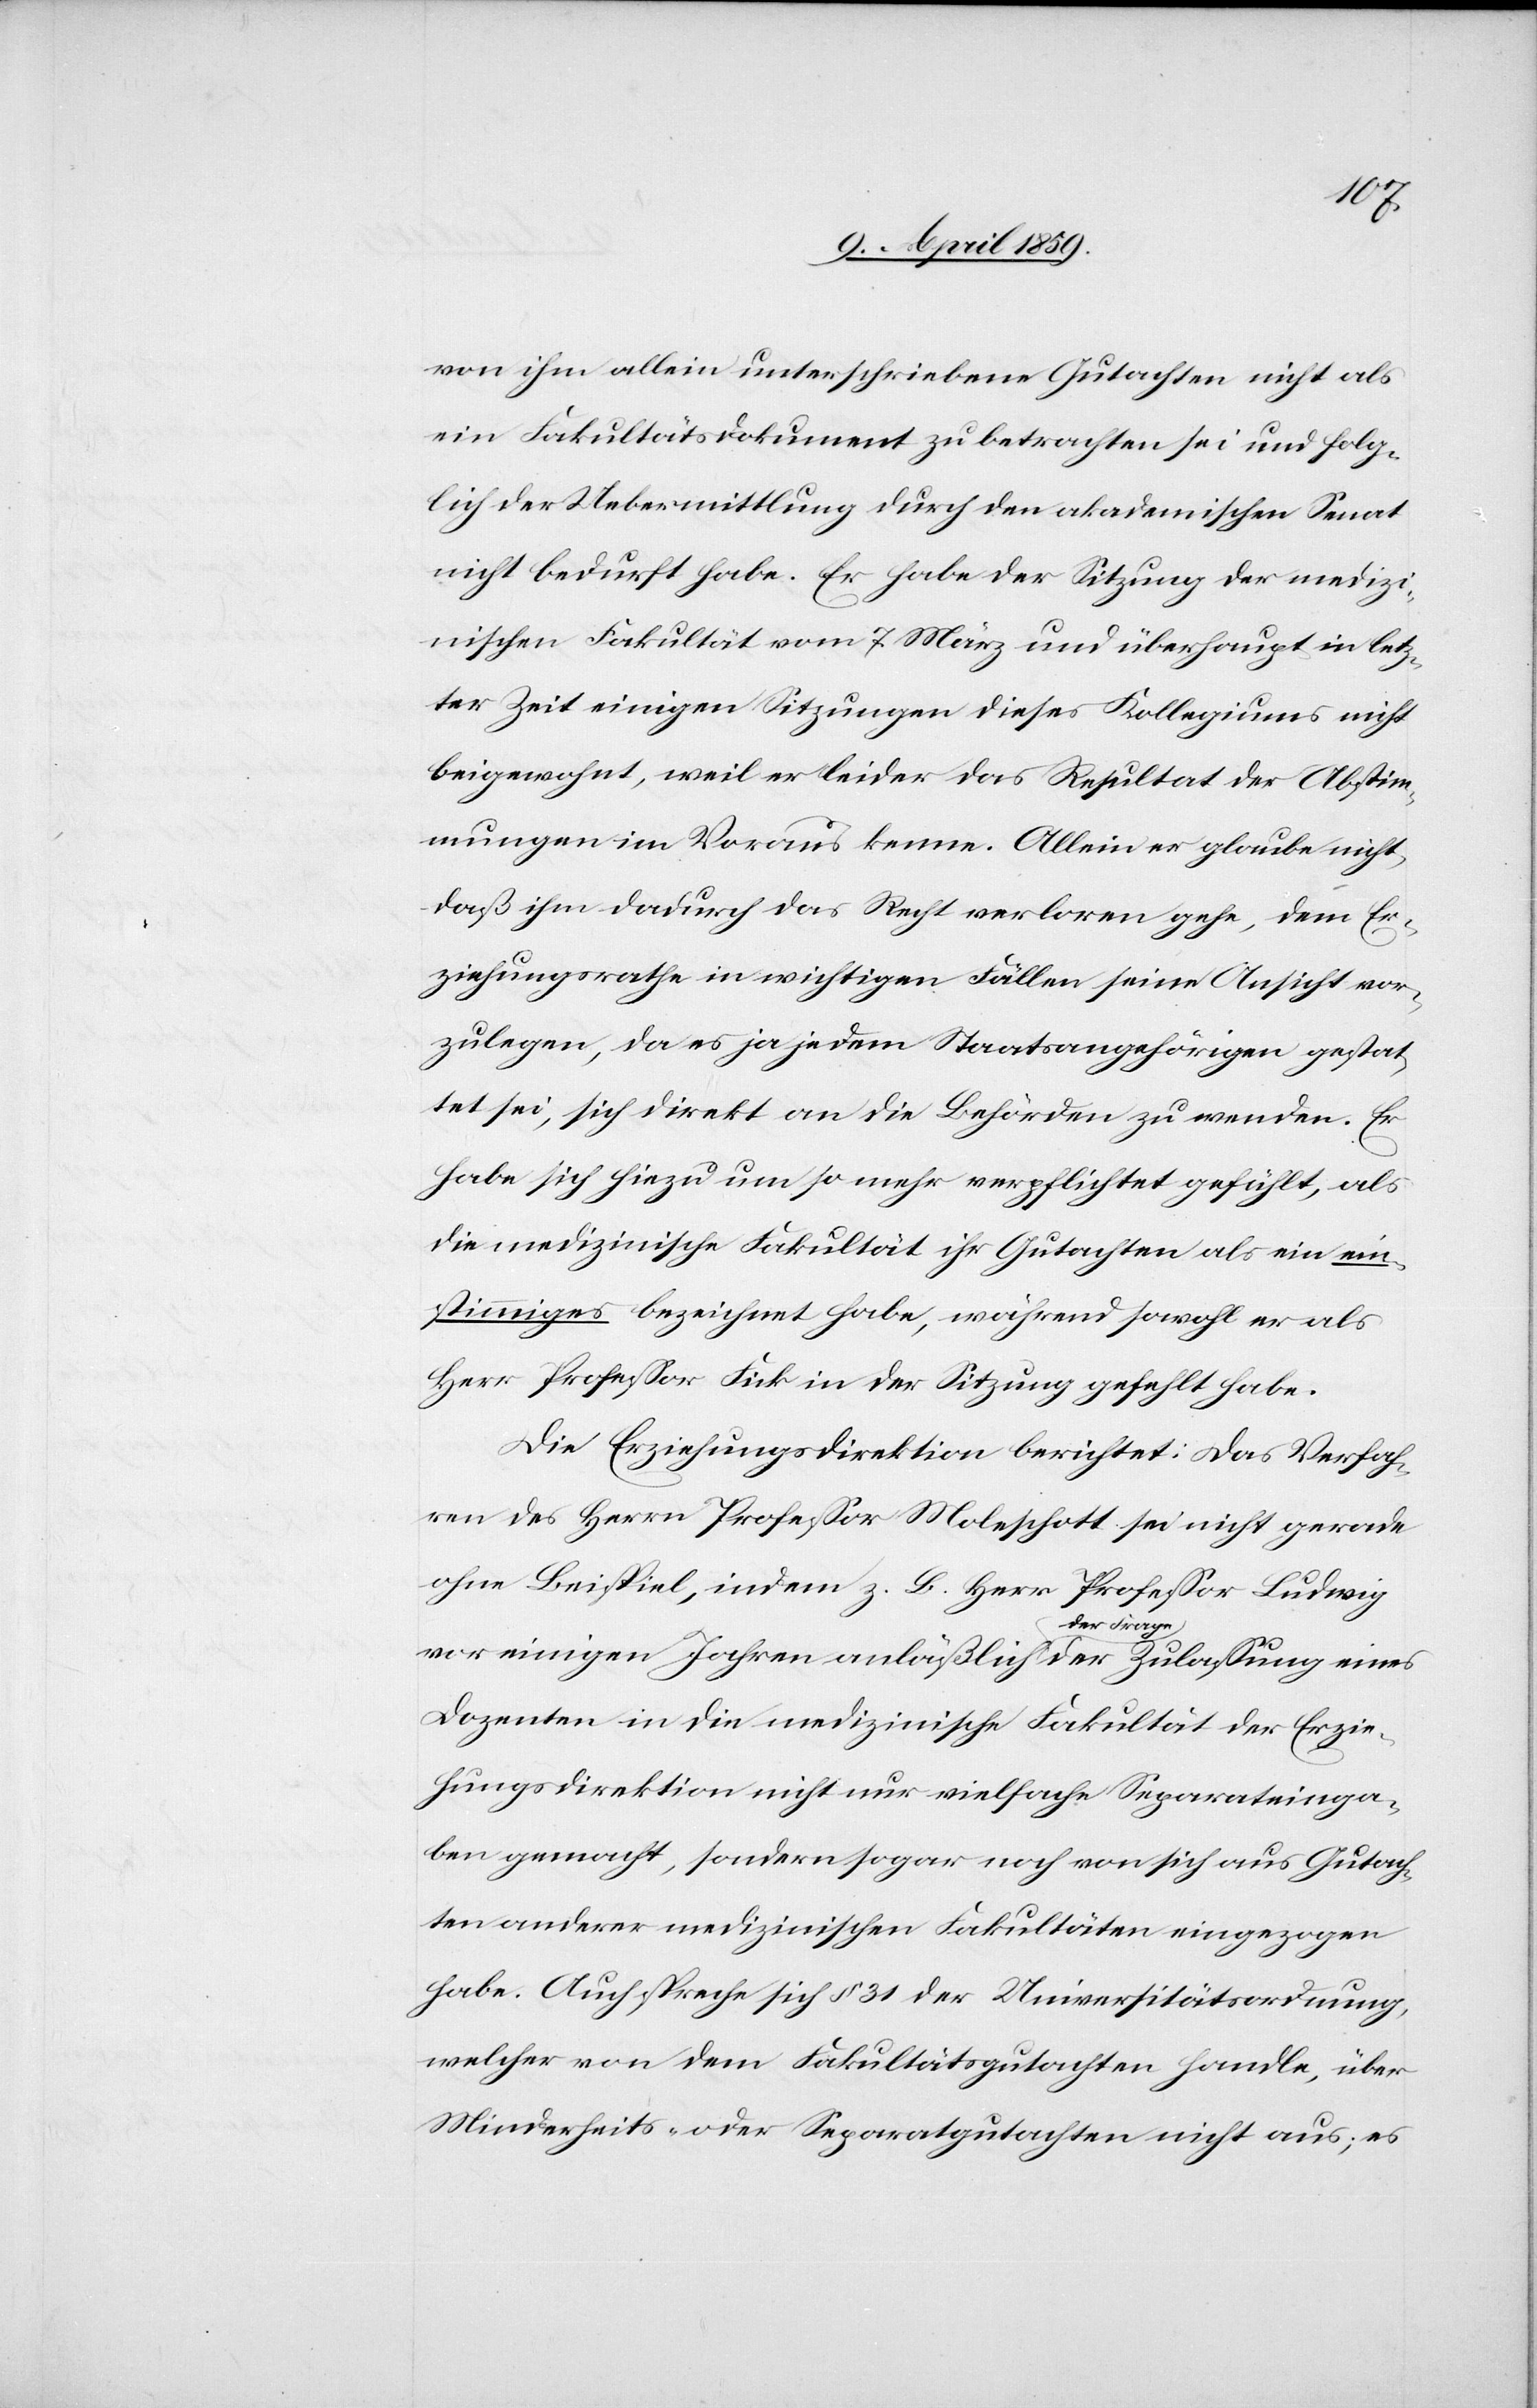
von ihm allein unterschriebene Gutachten nicht als
ein Fakultätsdokument zu betrachten sei und folg¬
lich der Uebermittlung durch den akademischen Senat
nicht bedurft habe. Er habe der Sitzung der medizi¬
nischen Fakultät vom 7. März und überhaupt in letz¬
ter Zeit einigen Sitzungen dieses Kollegiums nicht
beigewohnt, weil er leider das Resultat der Abstim¬
mungen im Voraus kenne. Allein er glaube nicht,
daß ihm dadurch das Recht verloren gehe, dem Er¬
ziehungsrathe in wichtigen Fällen seine Ansicht vor¬
zulegen, da es ja jedem Staatsangehörigen gestat¬
tet sei, sich direkt an die Behörden zu wenden. Er
habe sich hiezu um so mehr verpflichtet gefühlt, als
die medizinische Fakultät ihr Gutachten als ein ein¬
stimmiges bezeichnet habe, während sowohl er als
Herr Profeßor Fick in der Sitzung gefehlt habe.
Die Erziehungsdirektion berichtet: das Verfah¬
ren des Herrn Profeßor Moleschott sei nicht gerade
ohne Beispiel, indem z. B. Herr Profeßor Ludwig
vor einigen Jahren anläßlich der Frage der Zulaßung eines
Dozenten in die medizinische Fakultät der Erzie¬
hungsdirektion nicht nur vielfache Separateinga¬
ben gemacht, sondern sogar noch von sich aus Gutach¬
ten anderer medizinischen Fakultäten eingezogen
habe. Auch spreche sich § 31 der Universitätsordnung,
welcher von dem Fakultätsgutachten handle, über
Minderheits- oder Separatgutachten nicht aus; es